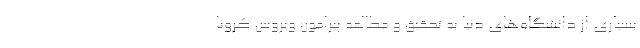
بسیاری از دانشگاه‌های دنیا به تحقیق و مطالعه پیرامون ویروس کرونا